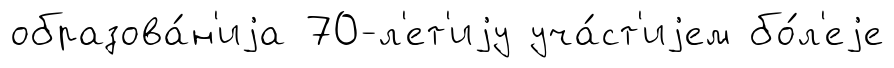
образова́н'иjа 70-л'ет'иjу уча́ст'иjем бо́л'еjе